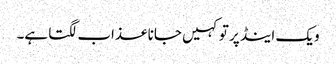
ویک اینڈ پر تو کہیں جانا عذاب لگتا ہے۔